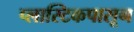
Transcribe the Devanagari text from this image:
प्लास्टिकपासून